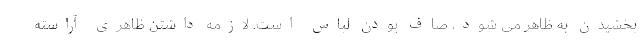
بخشیدن به ظاهر می شود، صاف بودن لباس است. لازمه داشتن ظاهری آراسته